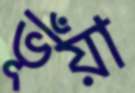
ভূঁয়া